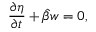
\frac { \partial \eta } { \partial t } + \hat { \beta } w = 0 ,